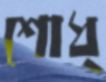
শোধ্‌